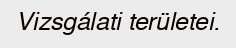
Vizsgálati területei.